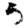
Digit: 5